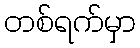
တစ်ရက်မှာ